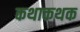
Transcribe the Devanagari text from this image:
कथाकथक